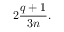
2 \frac { q + 1 } { 3 n } .